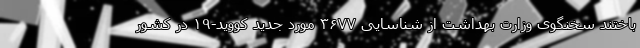
باختند سخنگوی وزارت بهداشت از شناسایی ۳۶۷۷ مورد جدید کووید-۱۹ در کشور